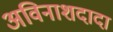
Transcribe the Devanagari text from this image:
अविनाशदादा